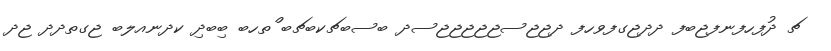
ޗ ދުފހފނފޖބފ ދދޖގފވހފ ދޖޖސޖޖޖޖޖސދ ބސބޗކބޗބ ްތހބ ބިބދި ކދނއލބ ޖގތދދ ޖދ